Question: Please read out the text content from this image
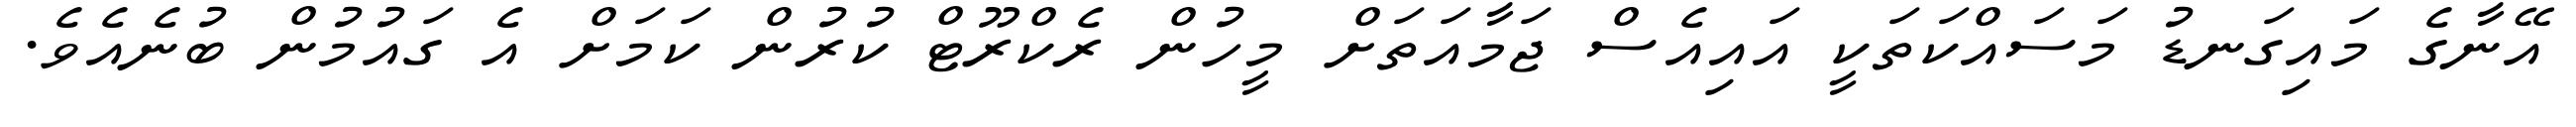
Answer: އޭނާގެ މައިގަނޑު މަސައްކަތަކީ އައިއެސް ޖަމާއަތަށް މީހުން ރެކްރޫޓް ކުރުން ކަމަށް އެ ގައުމުން ބުނެއެވެ.